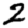
Digit: 2